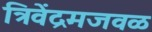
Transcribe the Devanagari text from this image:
त्रिवेंद्रमजवळ